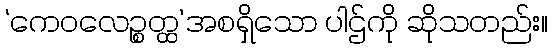
‘ကေဝလေဉ္စတ္ထ’အစရှိသော ပါဌ်ကို ဆိုသတည်း။